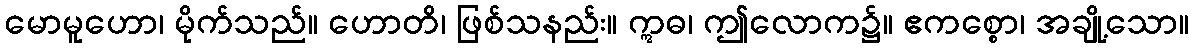
မောမူဟော၊ မိုက်သည်။ ဟောတိ၊ ဖြစ်သနည်း။ ဣဓ၊ ဤလောက၌။ ဧကစ္စော၊ အချို့သော။